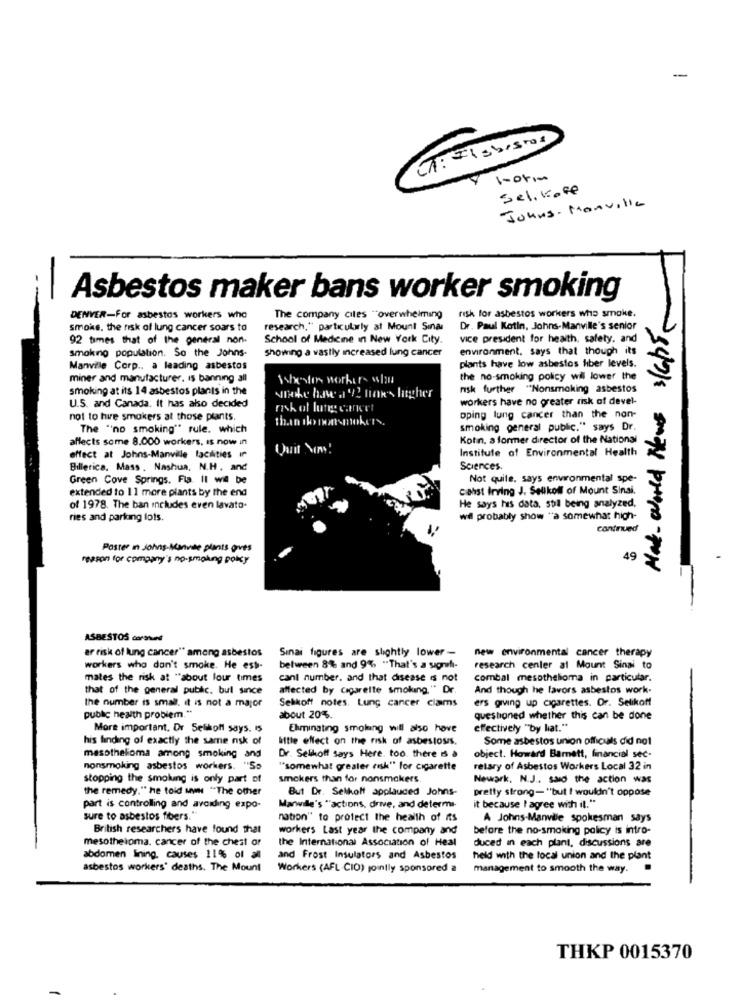
-
A: Ilsbustos
1-04mm
Sel. Koff
Johns- Monville
Asbestos maker bans worker smoking
Mat-World News 3/Gps
DENVER-For asbestos workers who
The company ciles "overwhelming
risk for asbestos workers who smoke.
smoke, the risk of lung cancer soars to
research," particularly at Mount Sinai
Dr. Paul Kotin, Johns-Manville's senior
92 times that of the general non.
School of Medicine in New York City.
vice president for health, safety. and
smoking population. So the Johns-
showing a vastly increased lung cancer
environment. says that though its
Manvile Corp ., a leading asbestos
plants have low asbestos fiber levels.
miner and manufacturer, is banning all
She'sfor workers 4:
the no-smoking policy wil lower the
smoking at its 14 asbestos plants in the
risk further "Nonsmoking asbestos
smoke have a '2 times higher
workers have no greater risk of devel-
U.S. and Canada. It has ako decided
risk of lungg caneet
not to hie smokers at those plants.
than tho nonsmokers.
oping lung cancer than the non-
The "no smoking" rule. which
smoking general public." says Dr.
affects some 8.000 workers, is now in
Kotn, a former director of the National
Quit Moms!
Institute of Environmental Health
effect at Johns-Manville facilities in
Billerica, Mass. Nashua, N.H. and
Sciences.
Green Cove Springs. Fla. Il we be
Not quite, says environmental spe-
extended to 11 more plants by the end
cøhst Irving J. Selikoll of Mount Sinai.
He says his data, still being analyzed.
of 1978. The ban includes even lavato-
ries and parking lots.
wil probably show "a somewhat high-
contrived
Poster In Johns-Manville plants oves
reason for company's no-smoking policy
49
ASBESTOS communi
ar risk of lung cancer" among asbestos
Sinai figures are slightly lower -
new environmental cancer therapy
workers who don't smoke. He est-
between 8% and 9% "That's a sigh-
research center al Mount Sinai to
mates the risk at "about lour times
cani number. and that disease is not
combal mesothelioma in particular.
that of the general public. bul since
affected by cigarette smoking." Dr.
And though he favors asbestos work-
Selikoff notes. Lung cancer clams
ers giving up cigarettes. Dr. Selikoff
the number is small. it is not a major
public health problem."
about 20%.
questioned whether this can be done
More important. Dr Selikoll says. 15
Eliminating smolang will also have
effectively "by hat."
his finding of exactly the same nsk of
uttle effect on the risk of asbestoss.
Some asbestos union officials did not
mesothelioma among smoking and
Dr. Selihoff Says Here. too. there is a
object. Howard Barett, financial sec-
nonsmoking asbestos workers. "So
"somewhat greater risk" for cigarette
retary of Asbestos Workers Local 32 in
stopping the smolung is only part of
smokers than for nonsmokers.
Newark, N.J ., said the action was
the remedy." he told www "The other
But Dr. Selikolf applauded Johns-
pretty strong- "but I wouldn't oppose
part is controlling and avoiding expo-
Marwile's ""actions, drive, and determi-
it because I agree with il."
sure to asbestos fibers."
nation" to protect the health of its
A Johns-Manvile spokesman says
British researchers have found that
workers Last year the company and
before the no-smoking policy is intro-
mesothelioma. cancer of the chest or
the International Association of Heal
duced in each plant, discussions are
abdomen lining. causes 11% of all
and Frost Insulators and Asbestos
held with the local union and the plant
asbestos workers' deaths. The Mount
Workers (AFL CIO) jointly sponsored a
management to smooth the way.
THKP 0015370